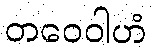
တဝေဝါဟံ